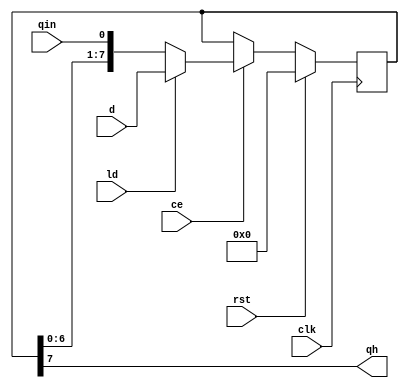
/* ============================================================================
	2006,2007,2011  Robert T Finch
	robfinch@<remove>sympatico.ca

	ParallelToSerial.v
		Parallel to serial data converter (shift register).

    This source code is available for evaluation and validation purposes
    only. This copyright statement and disclaimer must remain present in
    the file.


	NO WARRANTY.
    THIS Work, IS PROVIDEDED "AS IS" WITH NO WARRANTIES OF ANY KIND, WHETHER
    EXPRESS OR IMPLIED. The user must assume the entire risk of using the
    Work.

    IN NO EVENT SHALL THE AUTHOR OR CONTRIBUTORS BE LIABLE FOR ANY
    INCIDENTAL, CONSEQUENTIAL, OR PUNITIVE DAMAGES WHATSOEVER RELATING TO
    THE USE OF THIS WORK, OR YOUR RELATIONSHIP WITH THE AUTHOR.

    IN ADDITION, IN NO EVENT DOES THE AUTHOR AUTHORIZE YOU TO USE THE WORK
    IN APPLICATIONS OR SYSTEMS WHERE THE WORK'S FAILURE TO PERFORM CAN
    REASONABLY BE EXPECTED TO RESULT IN A SIGNIFICANT PHYSICAL INJURY, OR IN
    LOSS OF LIFE. ANY SUCH USE BY YOU IS ENTIRELY AT YOUR OWN RISK, AND YOU
    AGREE TO HOLD THE AUTHOR AND CONTRIBUTORS HARMLESS FROM ANY CLAIMS OR
    LOSSES RELATING TO SUCH UNAUTHORIZED USE.


	Webpack 9.1i xc3s1000-4ft256	
	LUTs / slices / MHz
	block rams

============================================================================ */

module ParallelToSerial(rst, clk, ce, ld, qin, d, qh);
	parameter WID=8;
	input rst;			// reset
	input clk;			// clock
	input ce;			// clock enable
	input ld;			// load
	input qin;			// serial shifting input
	input [WID:1] d;	// data to load
	output qh;			// serial output

	reg [WID:1] q;

	always @(posedge clk)
		if (rst)
			q <= 0;
		else if (ce) begin
			if (ld)
				q <= d;
			else
				q <= {q[WID-1:1],qin};
		end

	assign qh = q[WID];

endmodule